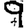
Digit: 9